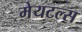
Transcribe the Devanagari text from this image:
मेयटल्स